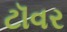
ટૉવર